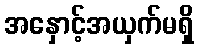
အနှောင့်အယှက်မရှိ